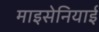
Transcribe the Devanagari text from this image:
माइसेनियाई